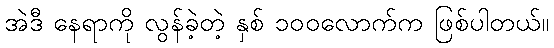
အဲဒီ နေရာကို လွန်ခဲ့တဲ့ နှစ် ၁၀၀လောက်က ဖြစ်ပါတယ်။